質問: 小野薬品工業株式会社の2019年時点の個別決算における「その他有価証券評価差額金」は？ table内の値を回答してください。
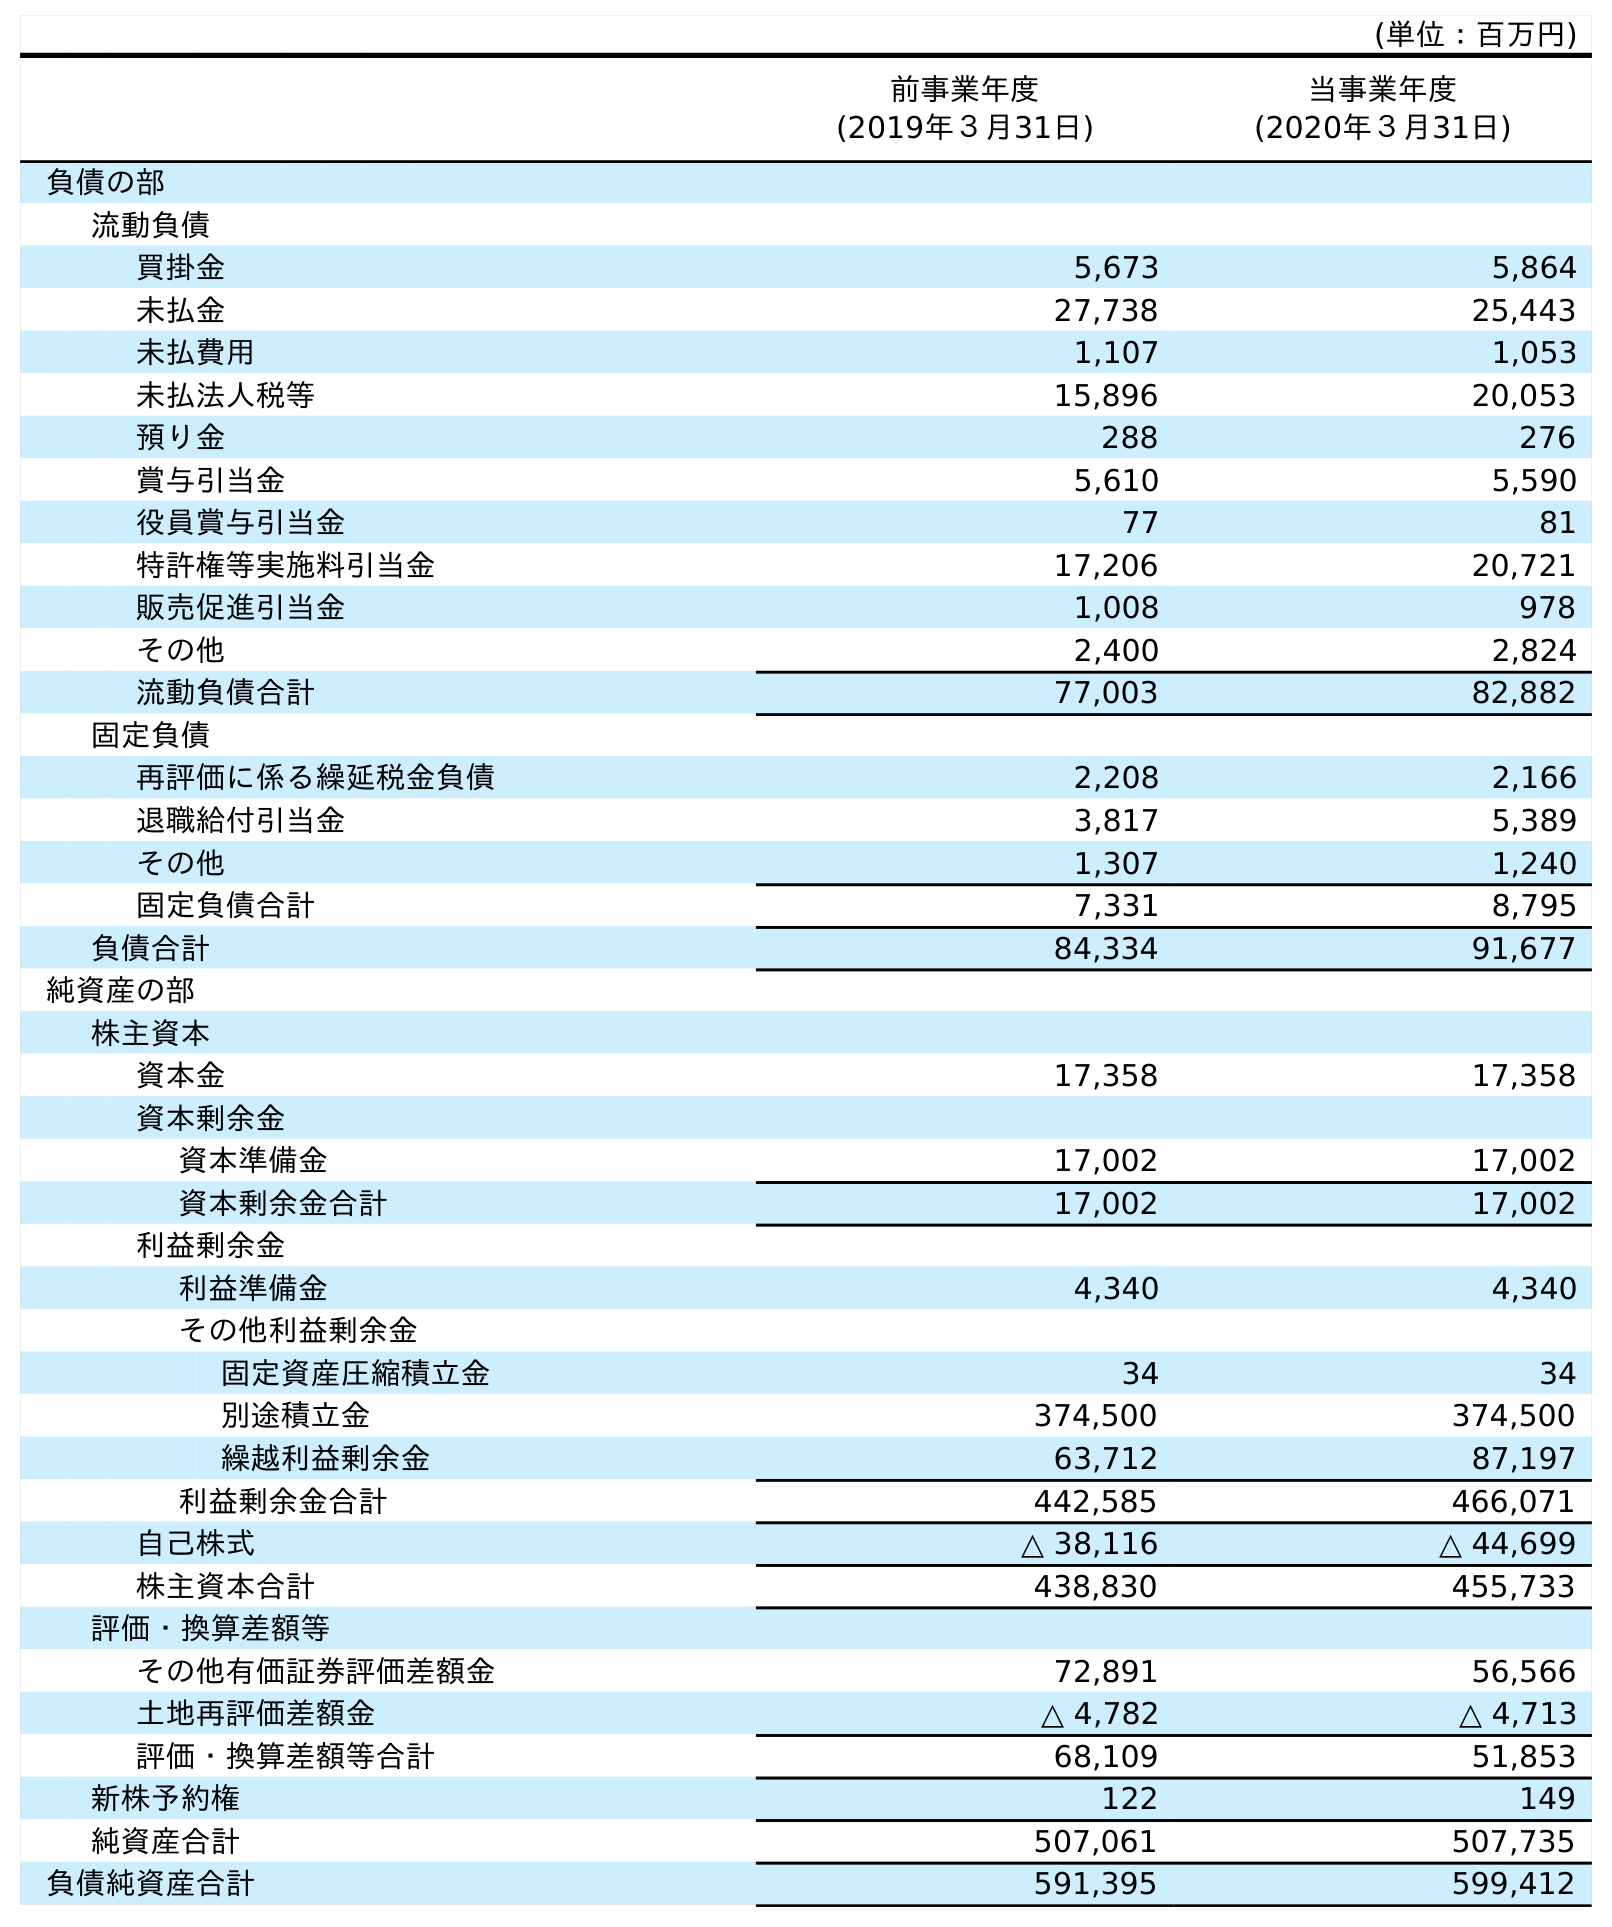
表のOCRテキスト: (単位：百万円) 前事業年度 (2019年３月31日) 当事業年度 (2020年３月31日) 負債の部 流動負債 買掛金 5,673 5,864 未払金 27,738 25,443 未払費用 1,107 1,053 未払法人税等 15,896 20,053 預り金 288 276 賞与引当金 5,610 5,590 役員賞与引当金 77 81 特許権等実施料引当金 17,206 20,721 販売促進引当金 1,008 978 その他 2,400 2,824 流動負債合計 77,003 82,882 固定負債 再評価に係る繰延税金負債 2,208 2,166 退職給付引当金 3,817 5,389 その他 1,307 1,240 固定負債合計 7,331 8,795 負債合計 84,334 91,677 純資産の部 株主資本 資本金 17,358 17,358 資本剰余金 資本準備金 17,002 17,002 資本剰余金合計 17,002 17,002 利益剰余金 利益準備金 4,340 4,340 その他利益剰余金 固定資産圧縮積立金 34 34 別途積立金 374,500 374,500 繰越利益剰余金 63,712 87,197 利益剰余金合計 442,585 466,071 自己株式 △ 38,116 △ 44,699 株主資本合計 438,830 455,733 評価・換算差額等 その他有価証券評価差額金 72,891 56,566 土地再評価差額金 △ 4,782 △ 4,713 評価・換算差額等合計 68,109 51,853 新株予約権 122 149 純資産合計 507,061 507,735 負債純資産合計 591,395 599,412
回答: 72,891